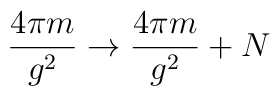
{4\pi m\over g^{2}} \rightarrow {4\pi m\over g^{2}} + N